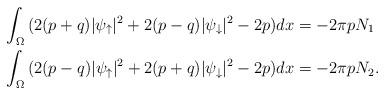
LaTeX: \begin{align*}\int_{\Omega}{(2(p+q)|\psi_{\uparrow}|^2+2(p-q)|\psi_{\downarrow}|^2-2p)}dx&=-2\pi p N_1\\\int_{\Omega}{(2(p-q)|\psi_{\uparrow}|^2+2(p+q)|\psi_{\downarrow}|^2-2p)}dx&=-2\pi pN_2.\end{align*}